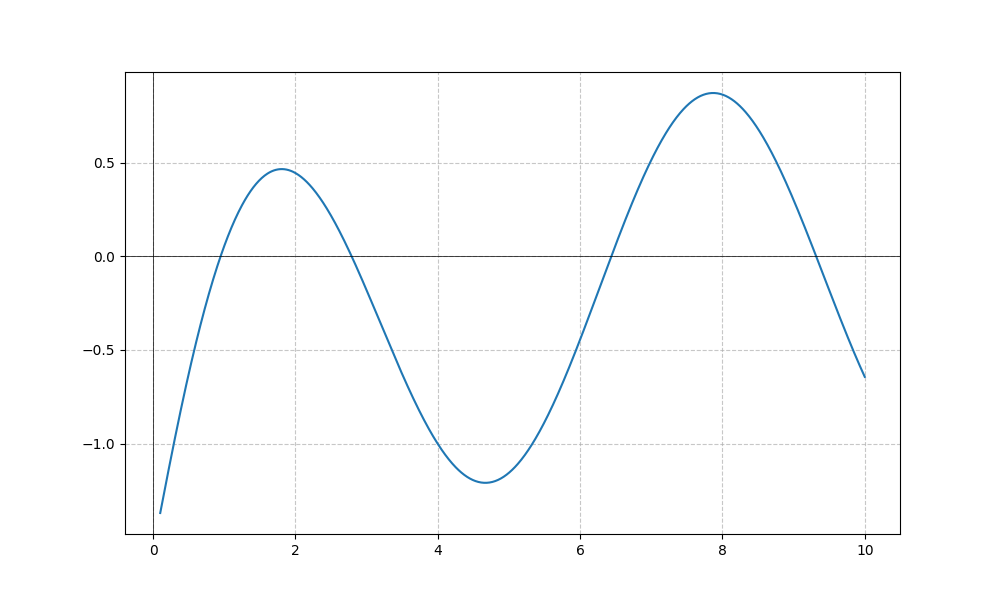
LaTeX formula: \sin{\left(x \right)} - \operatorname{acot}{\left(x \right)}